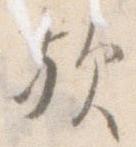
歟